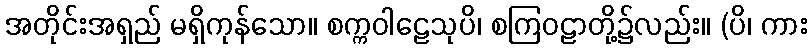
အတိုင်းအရှည် မရှိကုန်သော။ စက္ကဝါဠေသုပိ၊ စကြဝဠာတို့၌လည်း။ (ပိ၊ ကား